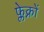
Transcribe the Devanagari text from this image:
फ्लेक्नों